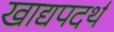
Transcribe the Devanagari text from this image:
खाद्यपदर्थ